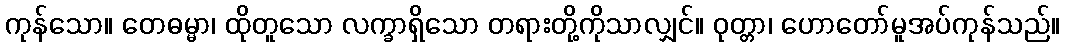
ကုန်သော။ တေဓမ္မာ၊ ထိုတူသော လက္ခာရှိသော တရားတို့ကိုသာလျှင်။ ဝုတ္တာ၊ ဟောတော်မူအပ်ကုန်သည်။